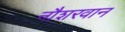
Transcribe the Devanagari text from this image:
नौशरवान